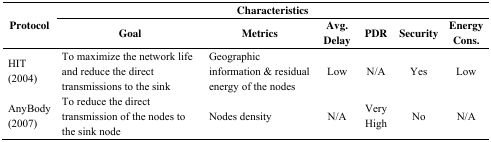
<table><thead><tr><td rowspan="3"><b>Protocol</b></td><td colspan="6"><b>Characteristics</b></td></tr><tr><td><b>Goal</b></td><td><b>Metrics</b></td><td><b>Avg. Delay</b></td><td><b>PDR</b></td><td><b>Security</b></td><td><b>Energy Cons.</b></td></tr></thead><tbody><tr><td>HIT (2004)</td><td>To maximize the network life and reduce the direct transmissions to the sink</td><td>Geographic information &amp; residual energy of the nodes</td><td>Low</td><td>N/A</td><td>Yes</td><td>Low</td></tr><tr><td>AnyBody (2007)</td><td>To reduce the direct transmission of the nodes to the sink node</td><td>Nodes density</td><td>N/A</td><td>Very High</td><td>No</td><td>N/A</td></tr></tbody></table>